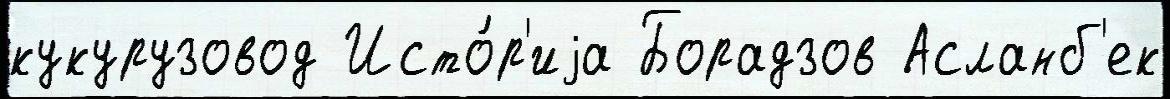
кукурузовод Исто́р'иjа Борадзов Асланб'ек